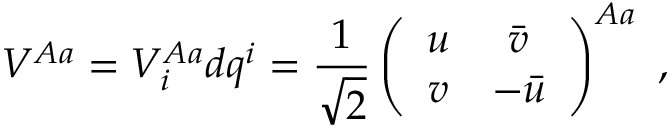
V ^ { A a } = V _ { i } ^ { A a } d q ^ { i } = \frac { 1 } { \sqrt { 2 } } \left( \begin{array} { c c } { { u } } & { { \bar { v } } } \\ { { v } } & { { - \bar { u } } } \end{array} \right) ^ { A a } \ ,